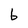
Character: b